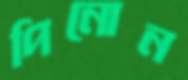
পিনোন